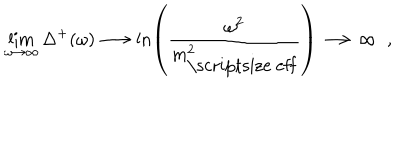
\lim _ { \omega \rightarrow \infty } \Delta ^ { + } ( \omega ) \longrightarrow \ln \left( \frac { \omega ^ { 2 } } { m _ { \mathrm { \scriptsize ~ e f f } } ^ { 2 } } \right) \longrightarrow \infty \; \; ,